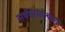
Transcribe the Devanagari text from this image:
सर्वसामान्यंप्रती